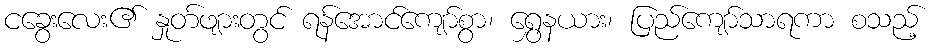
ငခွေးလေး၏ နှုတ်ဖျားတွင် ရန်အောင်ကျော်စွာ၊ ရွှေနယား၊ ပြည်ကျော်သာရကာ စသည့်